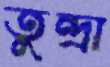
তুন্দ্রা